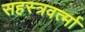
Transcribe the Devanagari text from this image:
सहस्‍त्रवर्त्‍मा